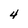
Character: 4